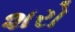
શરો